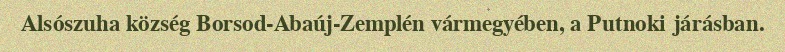
Alsószuha község Borsod-Abaúj-Zemplén vármegyében, a Putnoki járásban.